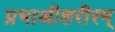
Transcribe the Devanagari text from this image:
प्रभाश्रीशरीरम्